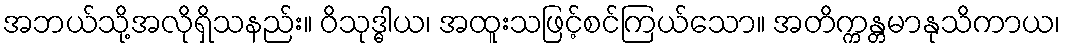
အဘယ်သို့အလိုရှိသနည်း။ ဝိသုဒ္ဓါယ၊ အထူးသဖြင့်စင်ကြယ်သော။ အတိက္ကန္တမာနုသိကာယ၊